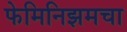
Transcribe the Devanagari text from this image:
फेमिनिझमचा